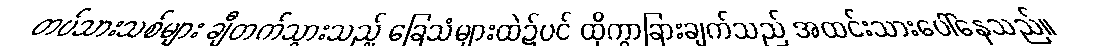
တပ်သားသစ်များ ချီတက်သွားသည့် ခြေသံများထဲ၌ပင် ထိုကွာခြားချက်သည် အထင်းသားပေါ်နေသည်။